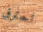
احترق